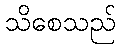
သိစေသည်